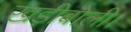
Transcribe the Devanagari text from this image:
खड़ीबोली।